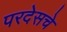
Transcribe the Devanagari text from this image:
परदेसचे